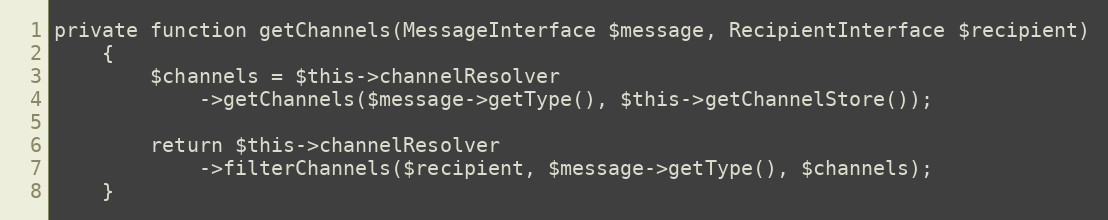
Language: PHP
private function getChannels(MessageInterface $message, RecipientInterface $recipient)
    {
        $channels = $this->channelResolver
            ->getChannels($message->getType(), $this->getChannelStore());

        return $this->channelResolver
            ->filterChannels($recipient, $message->getType(), $channels);
    }